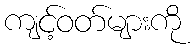
ကျင့်ဝတ်များကို